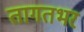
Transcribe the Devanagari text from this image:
तागतभर